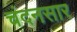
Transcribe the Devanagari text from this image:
चंदनसार